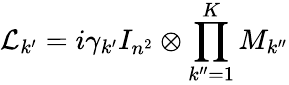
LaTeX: \mathcal{L}_{k^{\prime}}=i\gamma_{k^{\prime}}I_{n^{2}}\otimes\prod_{k^{\prime\prime}=1}^{K}M_{k^{\prime\prime}}